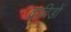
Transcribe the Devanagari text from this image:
द्राविडों